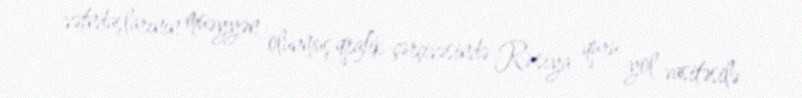
vətndaşlarının müəyyən olunmuş qrafik çərçivəsində Rusiya quru yol vasitəsilə